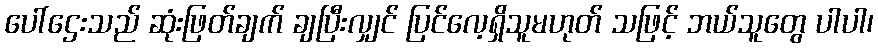
ပေါ်ဌေးသည် ဆုံးဖြတ်ချက် ချပြီးလျှင် ပြင်လေ့ရှိသူမဟုတ် သဖြင့် ဘယ်သူတွေ ပါပါ၊